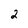
Character: 2